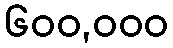
၆၀၀,၀၀၀